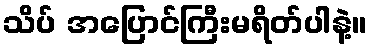
သိပ် အပြောင်ကြီးမရိတ်ပါနဲ့။